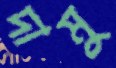
দামু